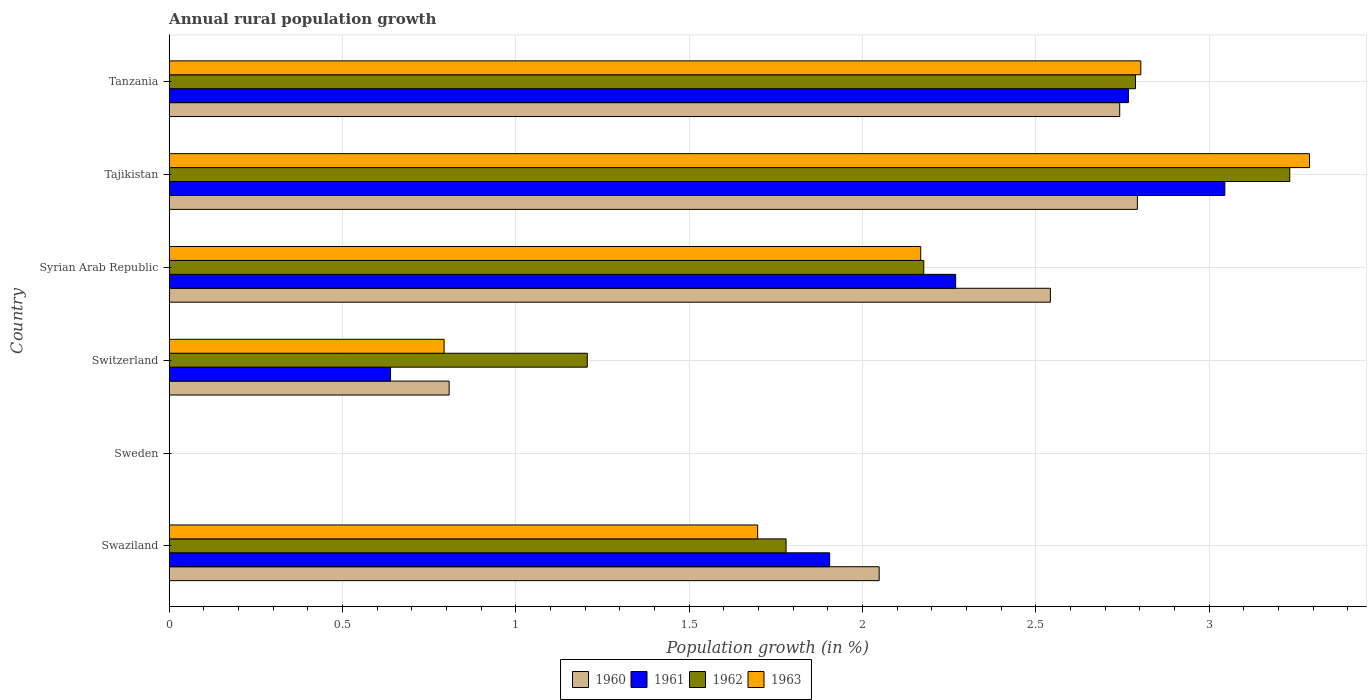
| Country | 1960 | 1961 | 1962 | 1963 |
 | --- | --- | --- | --- | --- |
 | Swaziland | 2.05 | 1.91 | 1.78 | 1.7 |
 | Sweden | -1.59 | -2.5 | -3.17 | -3.21 |
 | Switzerland | 0.808 | 0.639 | 1.21 | 0.793 |
 | Syrian Arab Republic | 2.54 | 2.27 | 2.18 | 2.17 |
 | Tajikistan | 2.79 | 3.05 | 3.23 | 3.29 |
 | Tanzania | 2.74 | 2.77 | 2.79 | 2.8 |